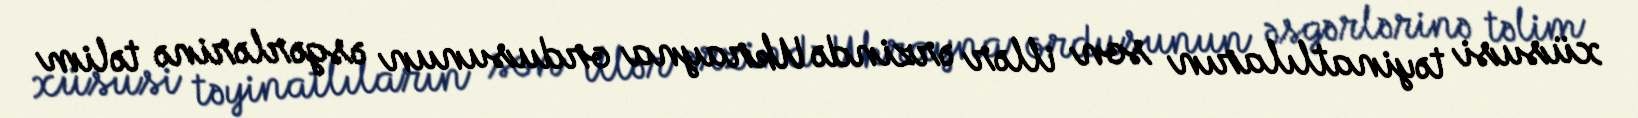
xüsusi təyinatlıların son illər ərzində Ukrayna ordusunun əsgərlərinə təlim